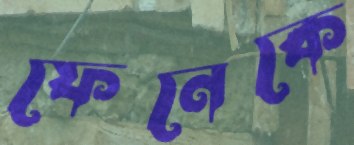
ফেনেকে